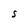
Character: S